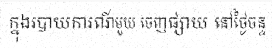
ក្នុងរបាយការណ៍មួយ ចេញផ្សាយ នៅថ្ងៃចន្ទ